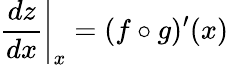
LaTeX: \left.{\frac{dz}{dx}}\right|_{x}=(f\circ g)^{\prime}(x)